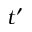
t ^ { \prime }